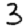
Digit: 3